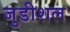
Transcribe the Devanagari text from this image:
जुडीशल